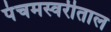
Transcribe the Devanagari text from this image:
पंचमस्वरीताल